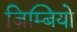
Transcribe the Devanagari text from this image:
ज़िम्बियो